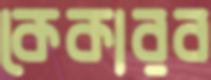
কেকারব